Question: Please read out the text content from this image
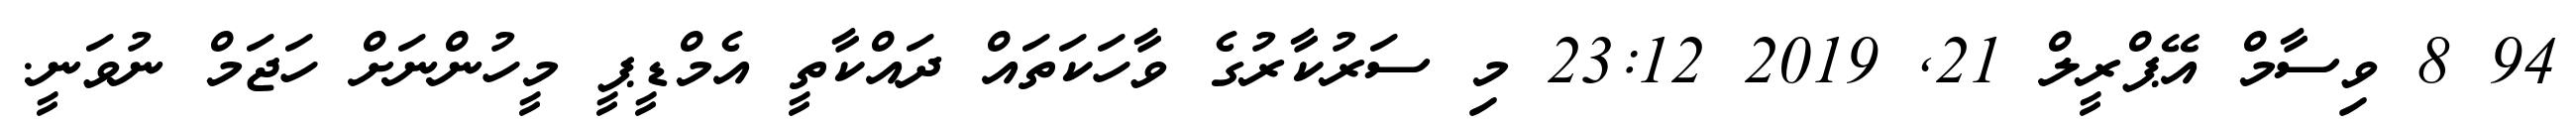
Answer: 94 8 ވިސާމް އޭޕްރީލް 21, 2019 23:12 މި ސަރުކާރުގެ ވާހަކަތައް ދައްކާތީ އެމްޑީޕީ މީހުންނަށް ހަޖަމް ނުވަނީ.